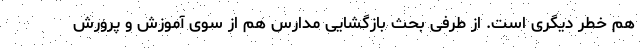
هم خطر دیگری است. از طرفی بحث بازگشایی مدارس هم از سوی آموزش و پرورش